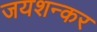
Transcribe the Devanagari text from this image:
जयशन्कर